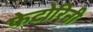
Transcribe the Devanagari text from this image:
फेटोरिनी